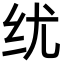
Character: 𬘕